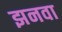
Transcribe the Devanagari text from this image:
झनवा